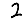
Digit: 2